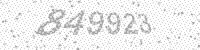
Solution: 849923